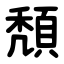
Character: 頽